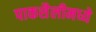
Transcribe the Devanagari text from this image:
पाकशैलीमध्ये